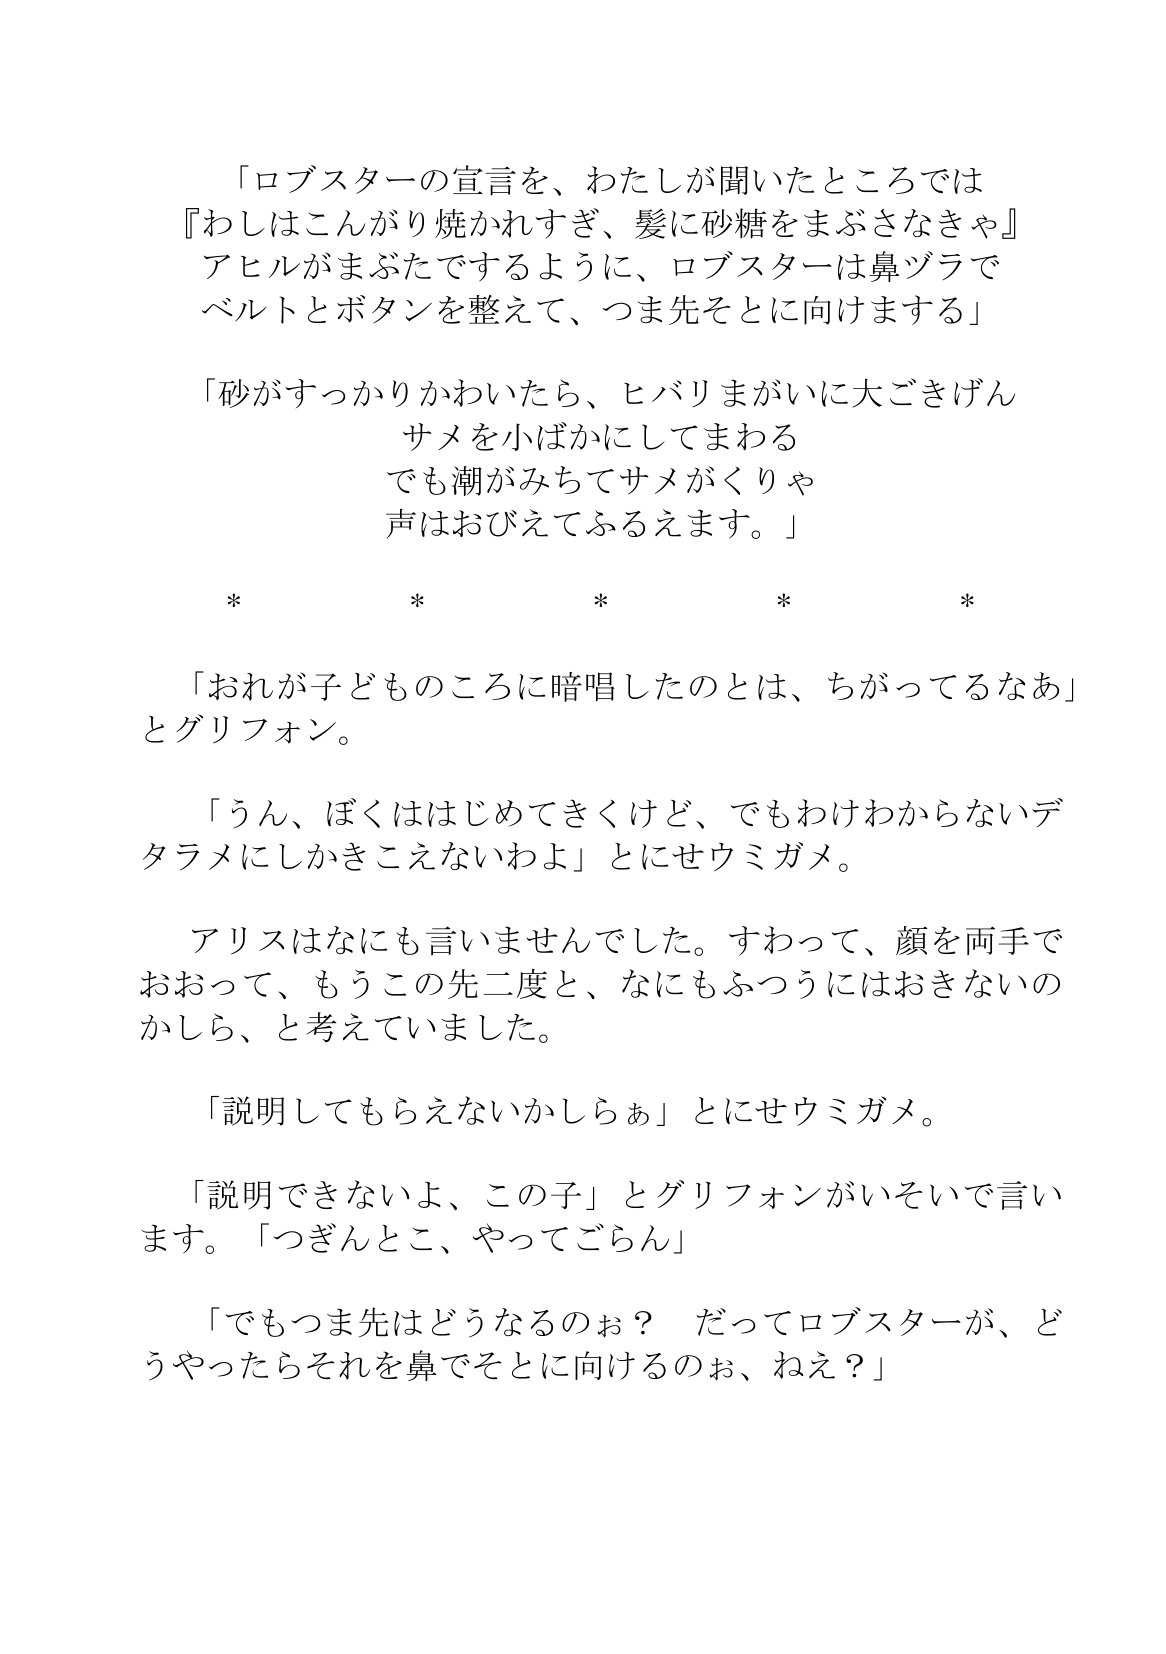
Language: ja